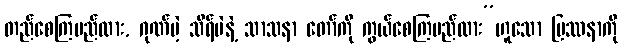
တည်စေကြမည်လား, ဂုဏ်မဲ့ သိရ်မဲနဲ့ သာသနာ တော်ကို ကွယ်စေကြမည်လား”ဟူသော ပြဿနာကို